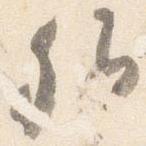
卿